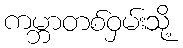
ကမ္ဘာတစ်ဝှမ်းသို့